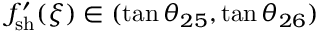
f _ { \mathrm { s h } } ^ { \prime } ( \xi ) \in ( \tan \theta _ { 2 5 } , \tan \theta _ { 2 6 } )